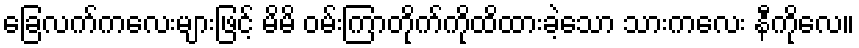
ခြေလက်ကလေးများဖြင့် မိမိ ဝမ်းကြာတိုက်ကိုထိထားခဲ့သော သားကလေး နီကိုလေ။